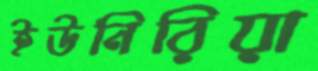
ইউনিরিয়া